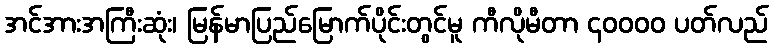
အင်အားအကြီးဆုံး၊ မြန်မာပြည်မြောက်ပိုင်းတွင်မူ ကီလိုမီတာ ၄၀၀၀၀ ပတ်လည်